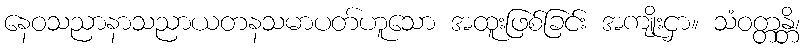
နေဝသညာနာသညာယတနသမာပတ်ဟူသော အထူးဖြစ်ခြင်း အကျိုးငှာ။ သံဝတ္တန္တိ၊